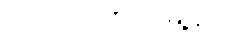
ဗိုလ်တထောင်မြို့နယ်